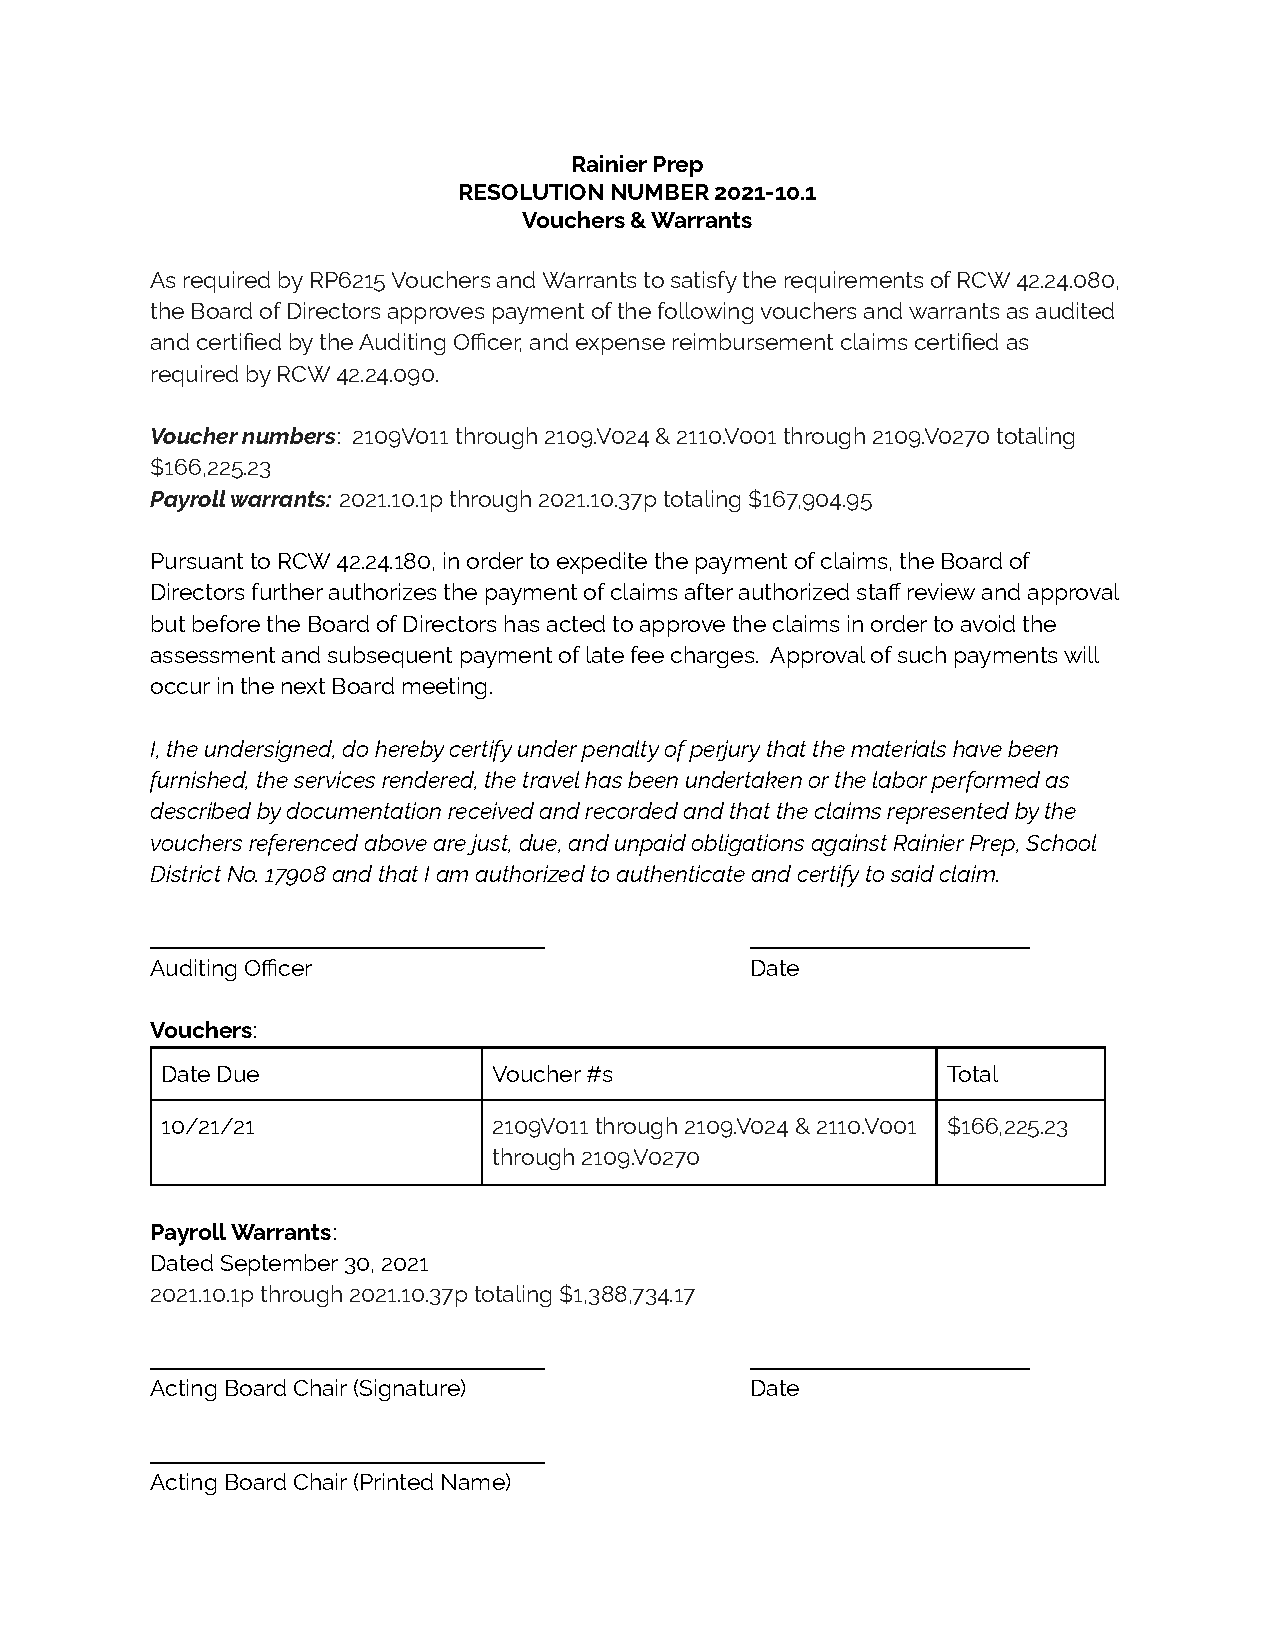
Rainier Prep
 RESOLUTION NUMBER 2021-10.1
 Vouchers & Warrants
 As required by RP6215 Vouchers and Warrants to satisfy the requirements of RCW 42.24.080,
 the Board of Directors approves payment of the following vouchers and warrants as audited
 and certified by the Auditing Officer, and expense reimbursement claims certified as
 required by RCW 42.24.090.
 Voucher numbers: 2109V011 through 2109.V024 & 2110.V001through 2109.V0270 totaling
 $166,225.23
 Payroll warrants: 2021.10.1p through 2021.10.37p totaling$167,904.95
 Pursuant to RCW 42.24.180, in order to expedite the payment of claims, the Board of
 Directors further authorizes the payment of claims after authorized staff review and approval
 but before the Board of Directors has acted to approve the claims in order to avoid the
 assessment and subsequent payment of late fee charges. Approval of such payments will
 occur in the next Board meeting.
 I, the undersigned, do hereby certify under penalty of perjury that the materials have been
 furnished, the services rendered, the travel has been undertaken or the labor performed as
 described by documentation received and recorded and that the claims represented by the
 vouchers referenced above are just, due, and unpaid obligations against Rainier Prep, School
 District No. 17908 and that I am authorized to authenticate and certify to said claim.
 _______________________________         ______________________
 Auditing Officer                        Date
 Vouchers:
 Date Due              Voucher #s                    Total
 10/21/21              2109V011 through 2109.V024 & 2110.V001 $166,225.23
 through 2109.V0270
 Payroll Warrants:
 Dated September 30, 2021
 2021.10.1p through 2021.10.37p totaling$1,388,734.17
 _______________________________         ______________________
 Acting Board Chair (Signature)          Date
 _______________________________
 Acting Board Chair (Printed Name)